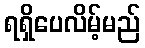
ရရှိပေလိမ့်မည်